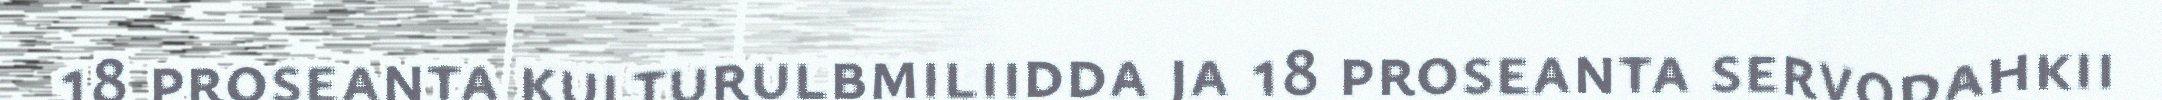
18 proseanta kulturulbmiliidda ja 18 proseanta servodahkii